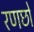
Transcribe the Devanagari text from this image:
रणछो